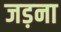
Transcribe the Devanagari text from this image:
जड़ना